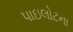
પાઇલોટના